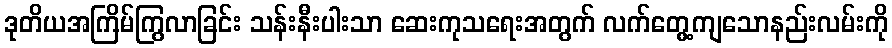
ဒုတိယအကြိမ်ကြွလာခြင်း သန်းနီးပါးသာ ဆေးကုသရေးအတွက် လက်တွေ့ကျသောနည်းလမ်းကို